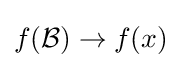
f({\mathcal {B}})\to f(x)